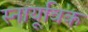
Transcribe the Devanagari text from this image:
स्नायूविक